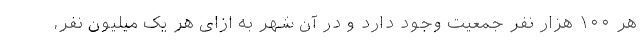
هر ۱۰۰ هزار نفر جمعیت وجود دارد و در آن شهر به ازای هر یک میلیون نفر،